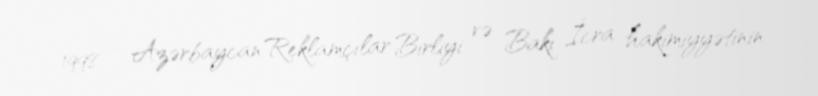
1998 – Azərbaycan Reklamçılar Birliyi və Bakı İcra hakimiyyətinin